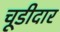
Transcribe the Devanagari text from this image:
चूडीदार